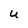
Character: U